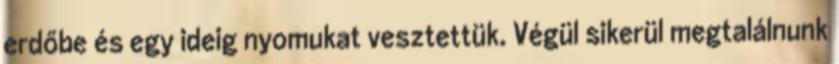
erdőbe és egy ideig nyomukat vesztettük. Végül sikerül megtalálnunk